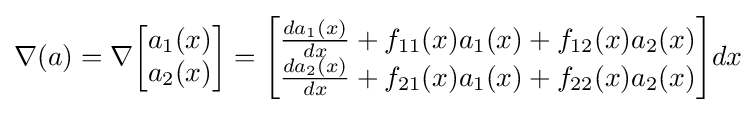
\nabla (a)=\nabla {\begin{bmatrix}a_{1}(x)\\a_{2}(x)\end{bmatrix}}={\begin{bmatrix}{\frac {da_{1}(x)}{dx}}+f_{11}(x)a_{1}(x)+f_{12}(x)a_{2}(x)\\{\frac {da_{2}(x)}{dx}}+f_{21}(x)a_{1}(x)+f_{22}(x)a_{2}(x)\end{bmatrix}}dx